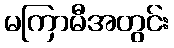
မကြာမီအတွင်း